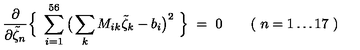
\frac { \partial } { \partial \tilde { \zeta } _ { n } } \Big \{ \ \sum _ { i = 1 } ^ { 5 6 } \big ( \sum _ { k } M _ { i k } \tilde { \zeta } _ { k } - b _ { i } \big ) ^ { 2 } \ \Big \} \ = \ 0 \qquad ( \ n = 1 \ldots 1 7 \ )